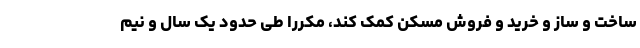
ساخت و ساز و خرید و فروش مسکن کمک کند، مکررا طی حدود یک سال و نیم